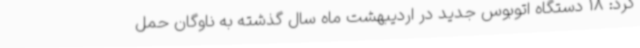
کرد: 18 دستگاه اتوبوس جدید در اردیبهشت ماه سال گذشته به ناوگان حمل